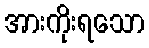
အားကိုးရသော